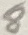
Text: 8